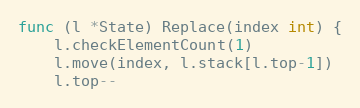
Language: Go
func (l *State) Replace(index int) {
	l.checkElementCount(1)
	l.move(index, l.stack[l.top-1])
	l.top--